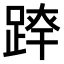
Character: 𨂛